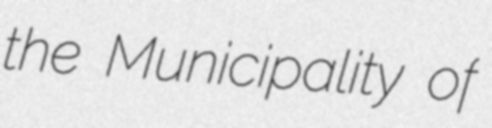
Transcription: the Municipality of